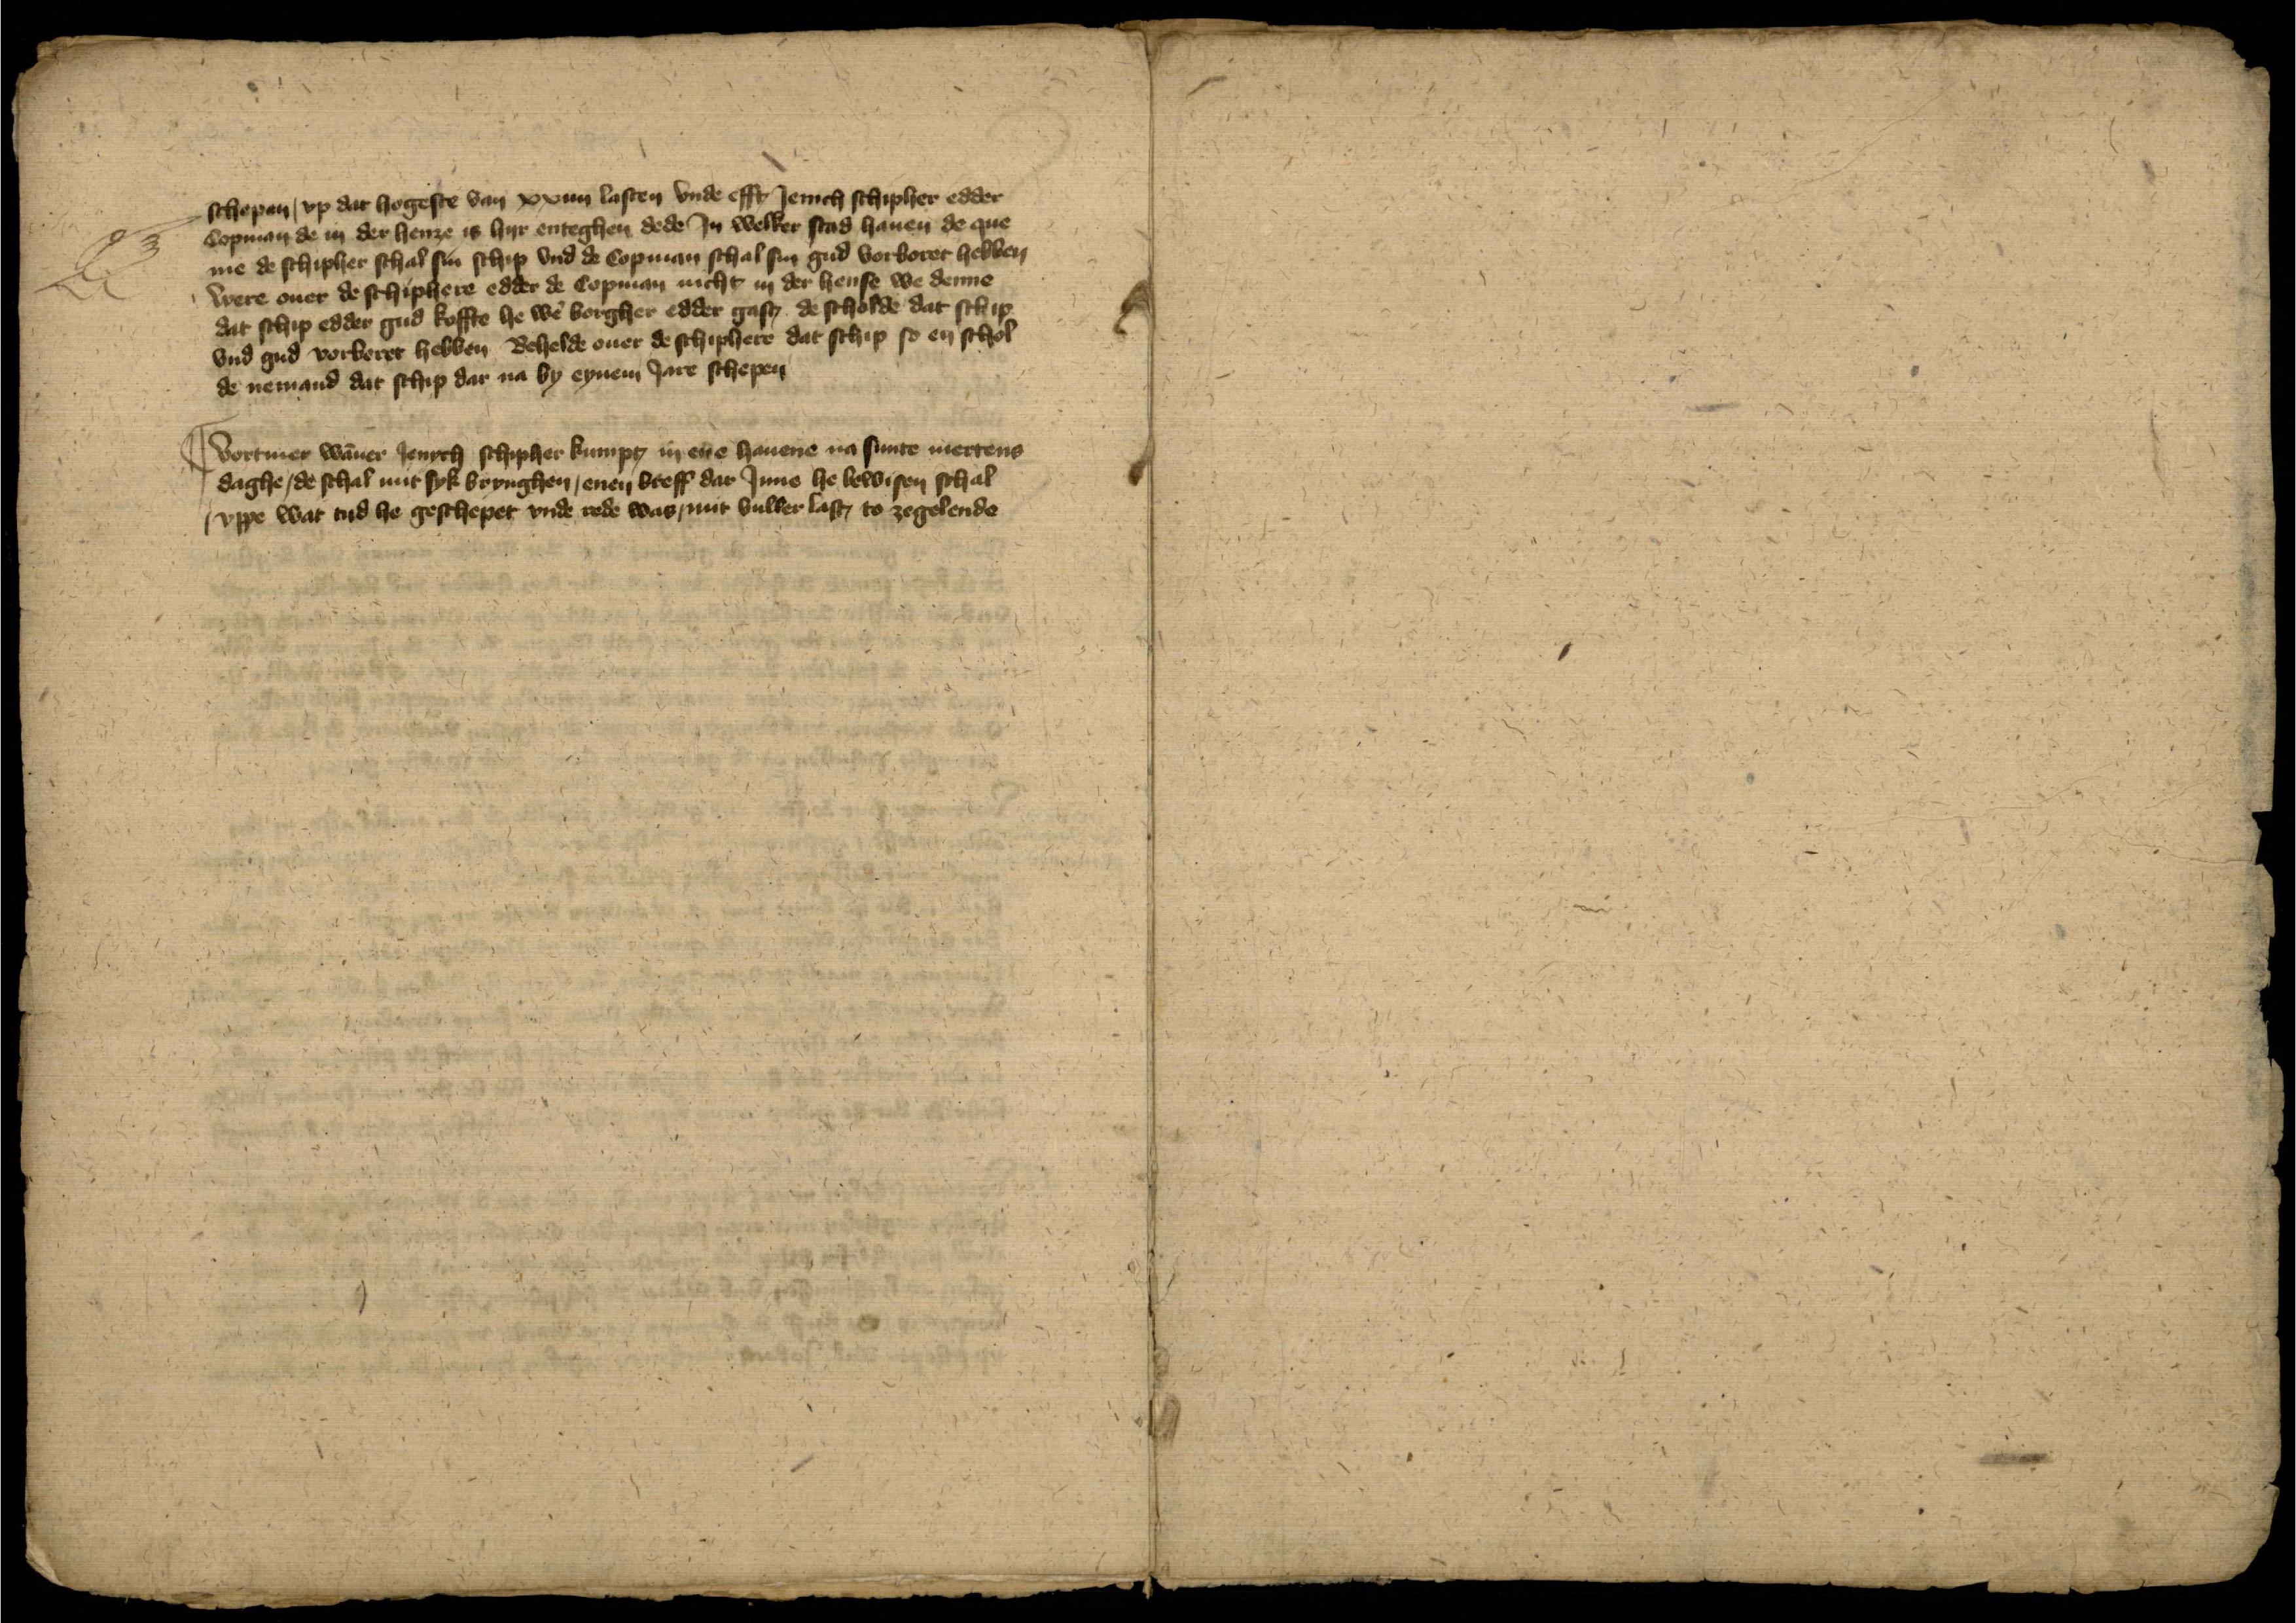
schepen, vpp dar hogeste van xxiiii lasten vnde efft Jenich schipher edder
Copman de in der henze is hyr enteghen dede Jn welker Stad hauen de que¬
me de schipher schal sin schip vnd de Copman schal sin gud vorboret hebben
were ouer de schiphere edder de Copman nicht in der hense we denne
dat schip edder gud koffte he wẻ borgher edder gust de scholde dat schip
vnd gud vorberet hebben Behelde ouer de schiphere dat schip so en schol
de nemand dat schip dar na by eynem Jare schepen

|| Vortmer wāner Jenych schipher kumpt in ere hauene na sunte mertens
daghe, de schal mit syk brynghen, enen breff dar Jnne he bewisen schal
vppe wat tyd he geschepet vnde rede was mit vulker lake to zegelende